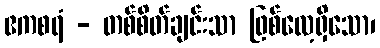
ဧကစရံ - တစ်စိတ်ချင်းသာ ဖြစ်လေ့ရှိသော၊